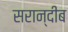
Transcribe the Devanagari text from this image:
सरान्दीब